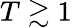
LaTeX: T\gtrsim 1